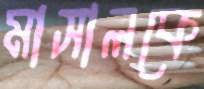
মাসালকে